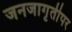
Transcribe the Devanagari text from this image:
जनजागृतीपर